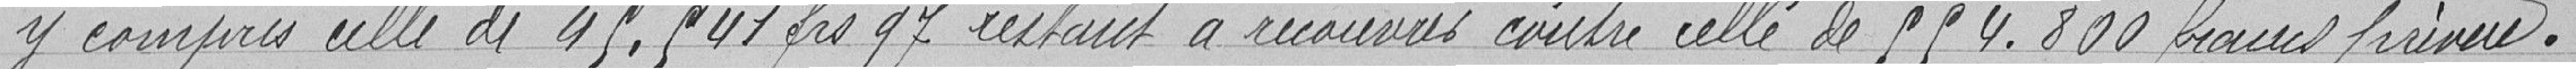
y compris celle de 45.541 francs 97 restant à recouvrer contre celle de 554.800 francs prévue.